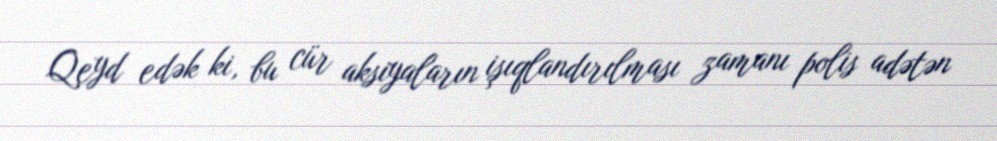
Qeyd edək ki, bu cür aksiyaların işıqlandırılması zamanı polis adətən